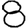
Digit: 8